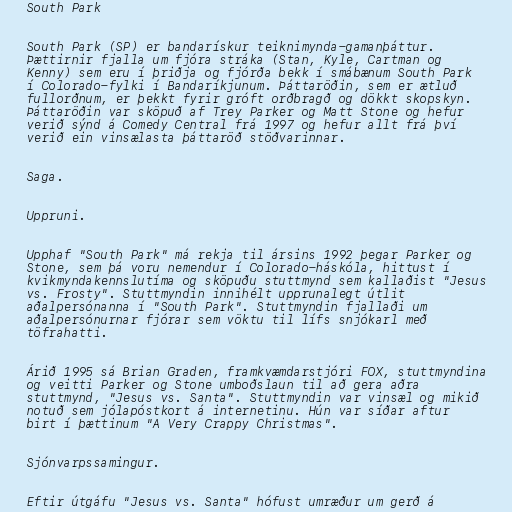
South Park

South Park (SP) er bandarískur teiknimynda-gamanþáttur.
Þættirnir fjalla um fjóra stráka (Stan, Kyle, Cartman og
Kenny) sem eru í þriðja og fjórða bekk í smábænum South Park
í Colorado-fylki í Bandaríkjunum. Þáttaröðin, sem er ætluð
fullorðnum, er þekkt fyrir gróft orðbragð og dökkt skopskyn.
Þáttaröðin var sköpuð af Trey Parker og Matt Stone og hefur
verið sýnd á Comedy Central frá 1997 og hefur allt frá því
verið ein vinsælasta þáttaröð stöðvarinnar.

Saga.

Uppruni.

Upphaf "South Park" má rekja til ársins 1992 þegar Parker og
Stone, sem þá voru nemendur í Colorado-háskóla, hittust í
kvikmyndakennslutíma og sköpuðu stuttmynd sem kallaðist "Jesus
vs. Frosty". Stuttmyndin innihélt upprunalegt útlit
aðalpersónanna í "South Park". Stuttmyndin fjallaði um
aðalpersónurnar fjórar sem vöktu til lífs snjókarl með
töfrahatti.

Árið 1995 sá Brian Graden, framkvæmdarstjóri FOX, stuttmyndina
og veitti Parker og Stone umboðslaun til að gera aðra
stuttmynd, "Jesus vs. Santa". Stuttmyndin var vinsæl og mikið
notuð sem jólapóstkort á internetinu. Hún var síðar aftur
birt í þættinum "A Very Crappy Christmas".

Sjónvarpssamingur.

Eftir útgáfu "Jesus vs. Santa" hófust umræður um gerð á